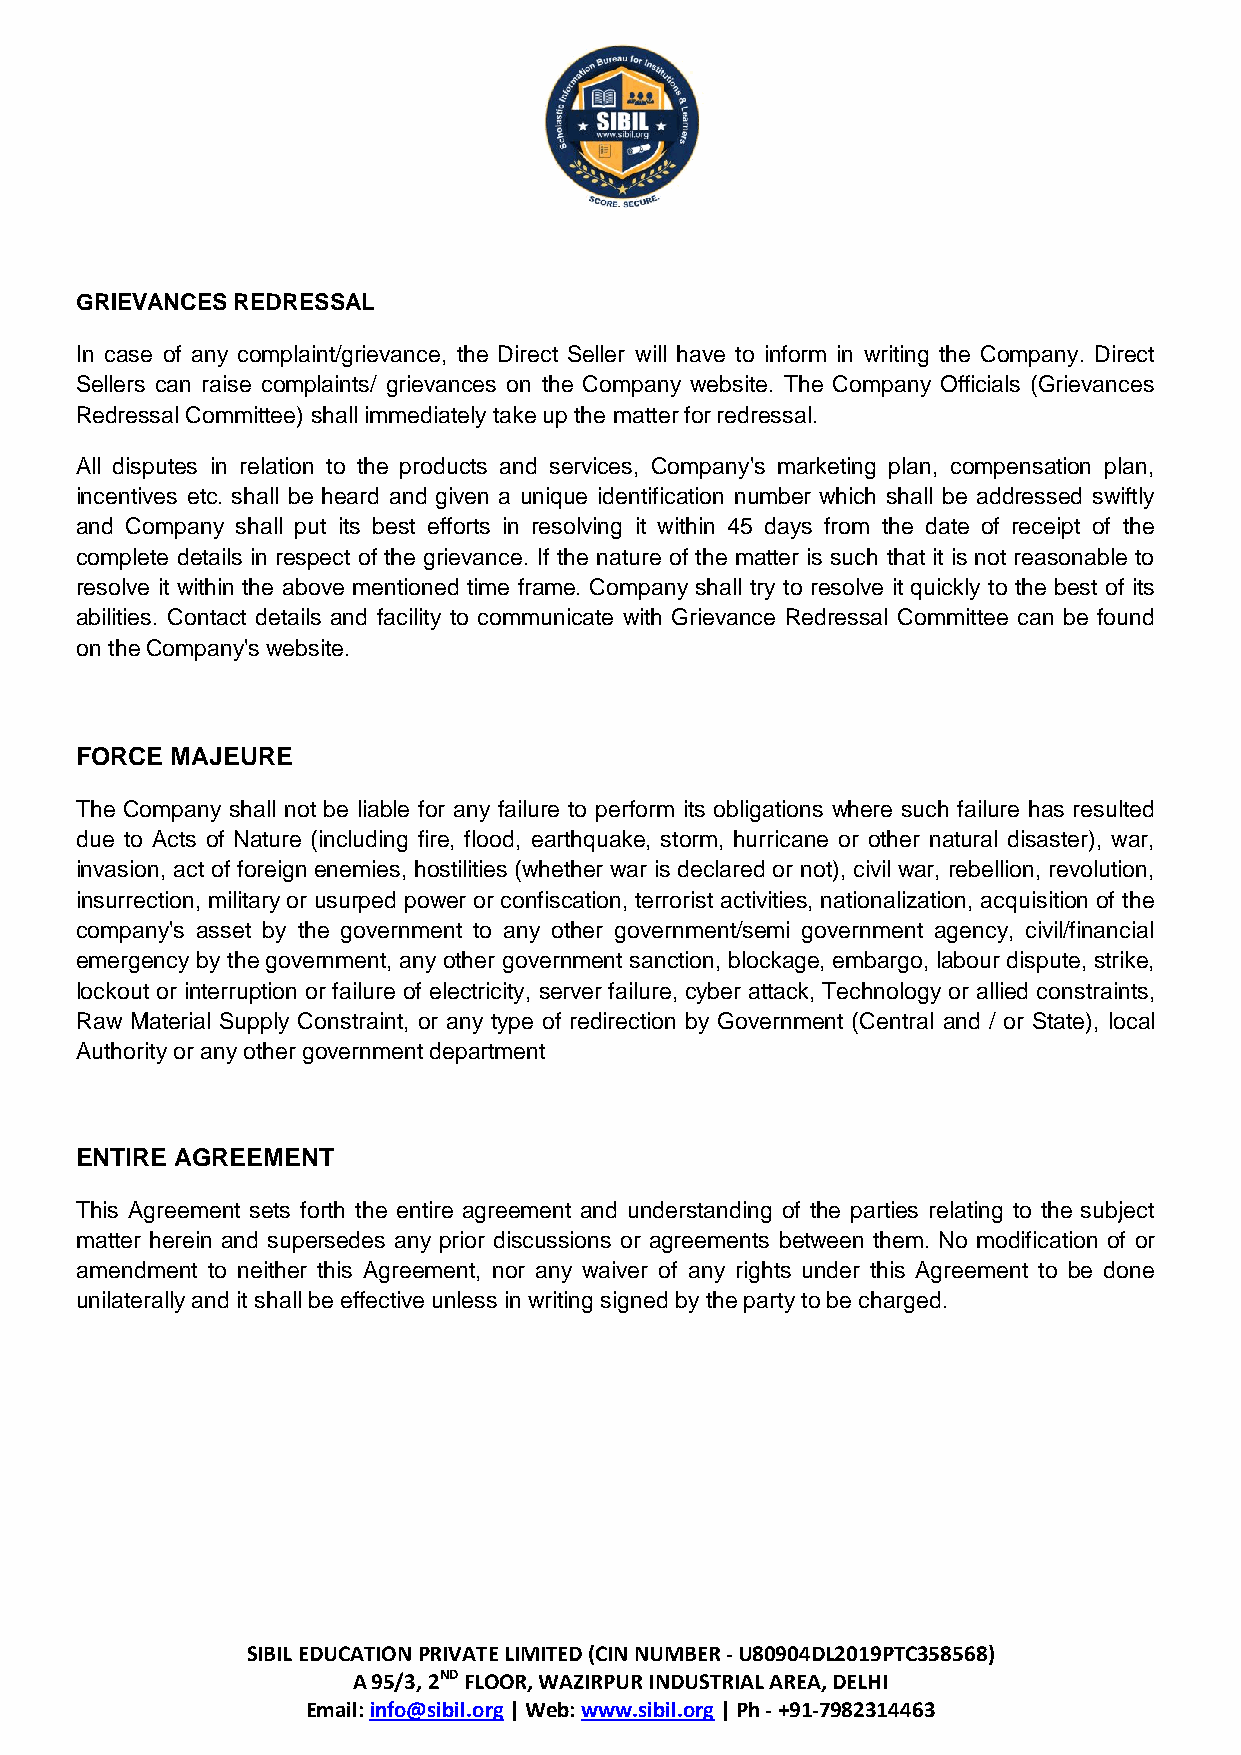
GRIEVANCES REDRESSAL
 In case of any complaint/grievance, the Direct Seller will have to inform in writing the Company. Direct
 Sellers can raise complaints/ grievances on the Company website. The Company Officials (Grievances
 Redressal Committee) shall immediately take up the matter for redressal.
 All disputes in relation to the products and services, Company's marketing plan, compensation plan,
 incentives etc. shall be heard and given a unique identification number which shall be addressed swiftly
 and Company shall put its best efforts in resolving it within 45 days from the date of receipt of the
 complete details in respect of the grievance. If the nature of the matter is such that it is not reasonable to
 resolve it within the above mentioned time frame. Company shall try to resolve it quickly to the best of its
 abilities. Contact details and facility to communicate with Grievance Redressal Committee can be found
 on the Company's website.
 FORCE MAJEURE
 The Company shall not be liable for any failure to perform its obligations where such failure has resulted
 due to Acts of Nature (including fire, flood, earthquake, storm, hurricane or other natural disaster), war,
 invasion, act of foreign enemies, hostilities (whether war is declared or not), civil war, rebellion, revolution,
 insurrection, military or usurped power or confiscation, terrorist activities, nationalization, acquisition of the
 company's asset by the government to any other government/semi government agency, civil/financial
 emergency by the government, any other government sanction, blockage, embargo, labour dispute, strike,
 lockout or interruption or failure of electricity, server failure, cyber attack, Technology or allied constraints,
 Raw Material Supply Constraint, or any type of redirection by Government (Central and / or State), local
 Authority or any other government department
 ENTIRE AGREEMENT
 This Agreement sets forth the entire agreement and understanding of the parties relating to the subject
 matter herein and supersedes any prior discussions or agreements between them. No modification of or
 amendment to neither this Agreement, nor any waiver of any rights under this Agreement to be done
 unilaterally and it shall be effective unless in writing signed by the party to be charged.
 SIBIL EDUCATION PRIVATE LIMITED (CIN NUMBER - U80904DL2019PTC358568)
 A 95/3, 2ND FLOOR, WAZIRPUR INDUSTRIAL AREA, DELHI
 Email: info@sibil.org | Web: www.sibil.org | Ph - +91-7982314463